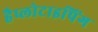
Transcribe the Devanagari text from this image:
हैप्लोटाइपिंग